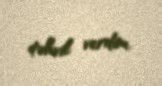
təhvil verdim.